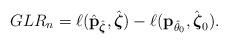
LaTeX: \begin{align*}GLR_{n}=\ell(\hat{\mathbf{p}}_{\hat{\boldsymbol{\zeta}}}, \hat{\boldsymbol{\zeta}})-\ell(\mathbf{p}_{\hat{\theta}_{0}}, \hat{\boldsymbol{\zeta}}_{0}).\end{align*}